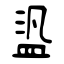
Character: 盕